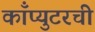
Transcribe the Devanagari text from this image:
काँप्युटरची